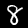
Digit: 8